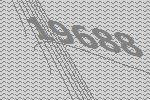
19688